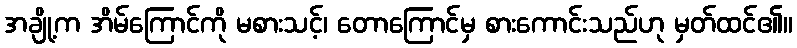
အချို့က အိမ်ကြောင်ကို မစားသင့်၊ တောကြောင်မှ စားကောင်းသည်ဟု မှတ်ထင်၏။